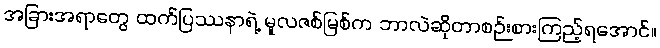
အခြားအရာတွေ ထက်ပြဿနာရဲ့ မူလဇစ်မြစ်က ဘာလဲဆိုတာစဉ်းစားကြည့်ရအောင်။